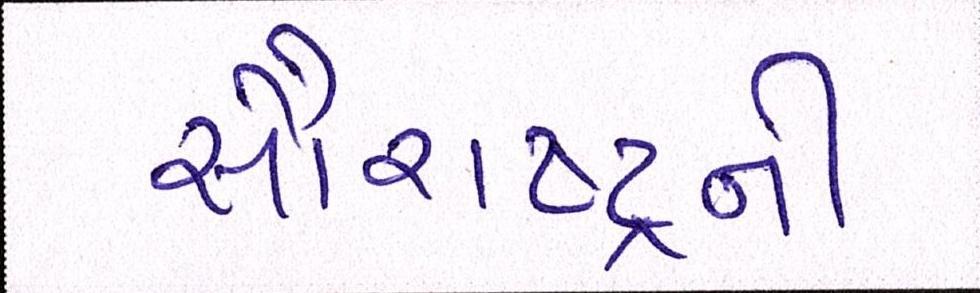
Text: સૌરાષ્ટ્રની